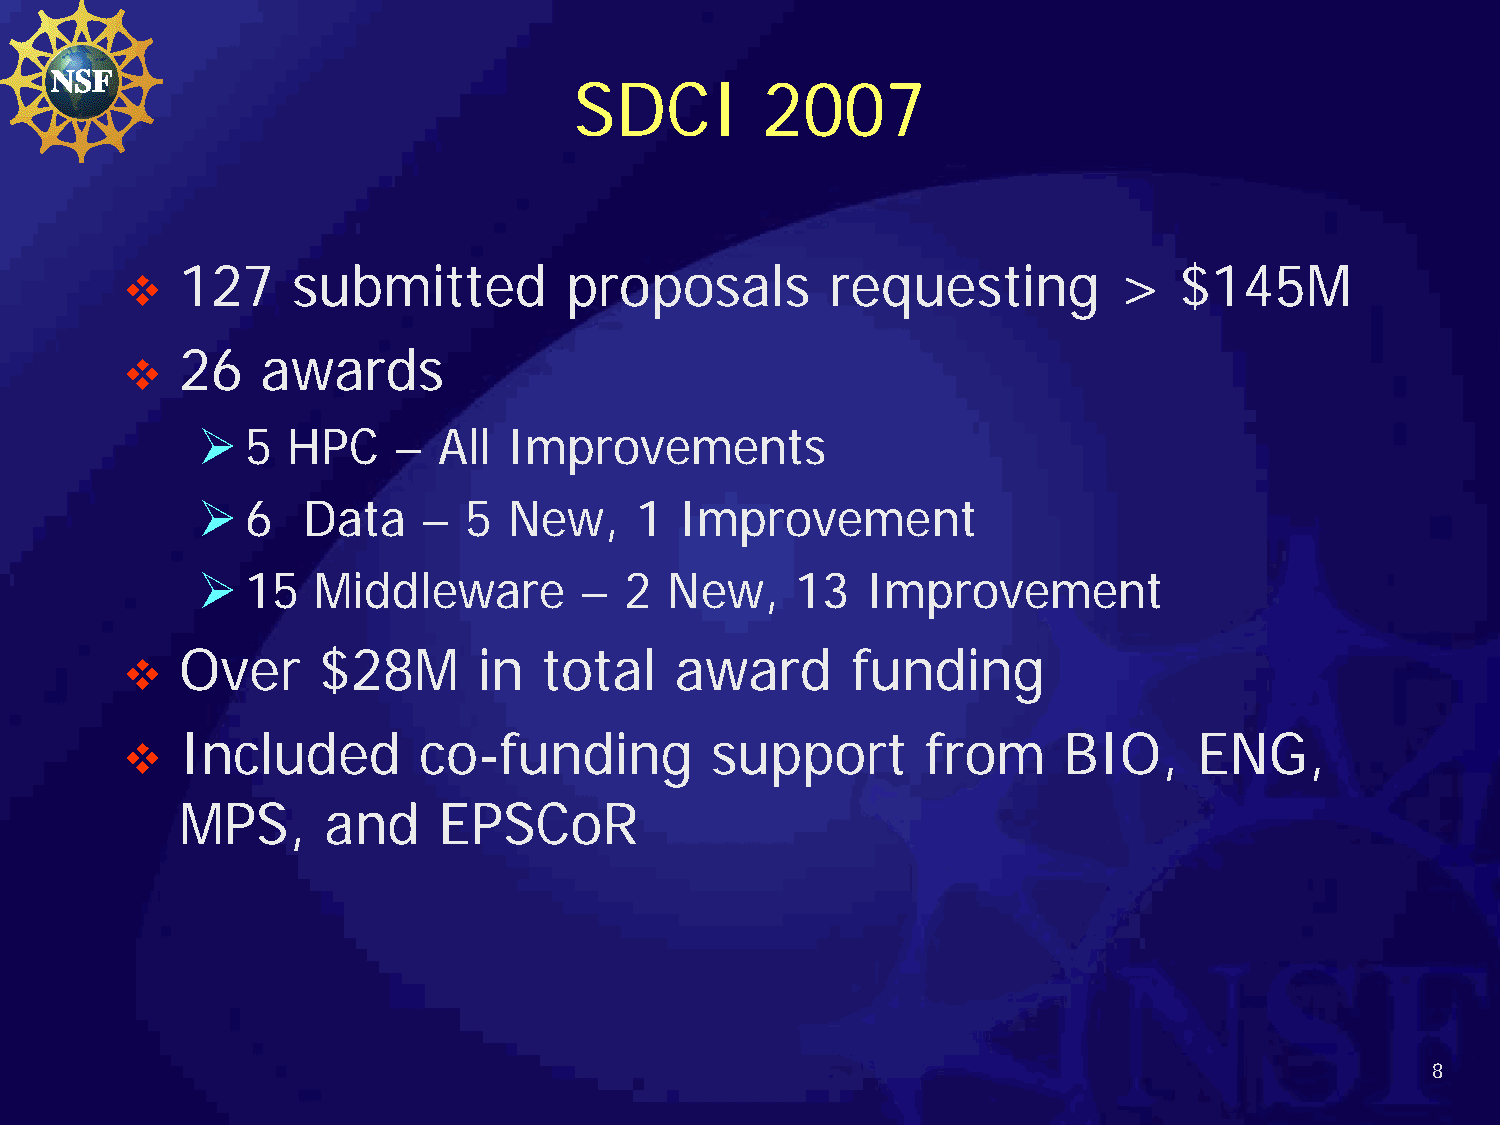
SDCI        2007
 127    submitted         proposals         requesting         >   $145M
 
 26   awards
 
   5  HPC    –  All  Improvements
   6   Data    –  5  New,    1  Improvement
   15   Middleware       –  2  New,     13  Improvement
 Over     $28M       in  total    award      funding
 
 Included        co-funding         support       from     BIO,     ENG,
 
 MPS,     and     EPSCoR
 8